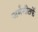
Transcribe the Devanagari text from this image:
जर्मनीतर्फे